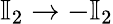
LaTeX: \mathbb{I}_{2}\rightarrow-\mathbb{I}_{2}